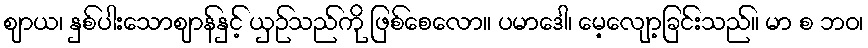
ဈာယ၊ နှစ်ပါးသောဈာန်နှင့် ယှဉ်သည်ကို ဖြစ်စေလော။ ပမာဒေါ၊ မေ့လျော့ခြင်းသည်။ မာ စ ဘဝ၊